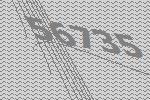
56735